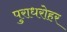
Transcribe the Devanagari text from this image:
पुराधरोहर